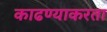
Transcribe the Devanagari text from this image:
काढण्याकरता